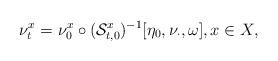
LaTeX: \begin{align*} \nu_t^x=\nu_0^x\circ (\mathcal{S}^x_{t,0})^{-1}[\eta_0,\nu_{\cdot},\omega],x\in X,\end{align*}